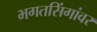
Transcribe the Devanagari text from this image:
भगतसिंगांवर